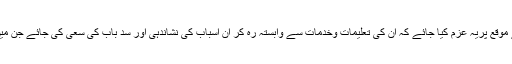
کرنے کا کام یہ ہے کہ (31دسمبر) ان کے یوم وفات کے موقع پریہ عزم کیا جائے کہ ان کی تعلیمات وخدمات سے وابستہ رہ کر ان اسباب کی نشاندہی اور سد باب کی سعی کی جائے جن میں امت مسلمہ آئے روز سر تا پا دھنستی چلی جا رہی ہے ۔